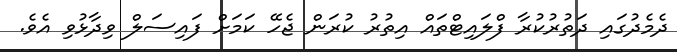
ދެމެދުގައި ދަތުރުކުރާ ފްލައިޓްތައް އިތުރު ކުރަން ޖެހޭ ކަމަށް ފައިސަލް ވިދާޅުވި އެވެ.